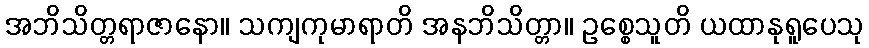
အဘိသိတ္တရာဇာနော။ သကျကုမာရာတိ အနဘိသိတ္တာ။ ဥစ္စေသူတိ ယထာနုရူပေသု